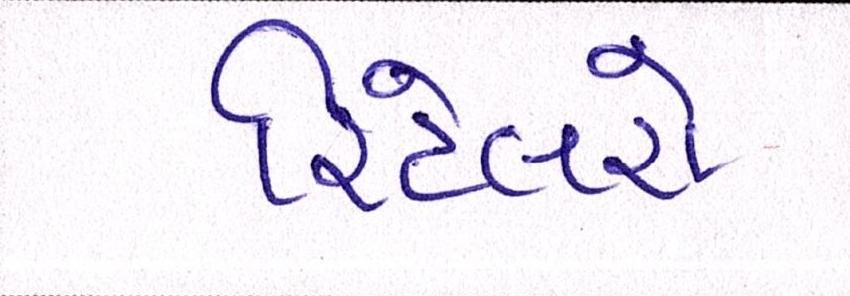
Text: રિટેલરો